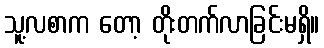
သူ့လစာက တော့ တိုးတက်လာခြင်းမရှိ။